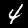
Digit: 4